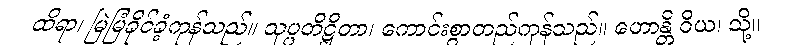
ထိရာ၊ မြဲမြံခိုင်ခံ့ကုန်သည်။ သုပ္ပတိဋ္ဌိတာ၊ ကောင်းစွာတည်ကုန်သည်။ ဟောန္တိ ဝိယ၊ သို့။